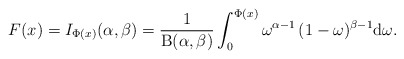
\begin{align*}F(x)=I_{\Phi(x)}(\alpha,\beta)=\frac{1}{\mathrm{B}(\alpha,\beta)}\int_0^{\Phi(x)}\omega^{\alpha-1}\,(1-\omega)^{\beta-1}\mathrm{d}\omega.\end{align*}